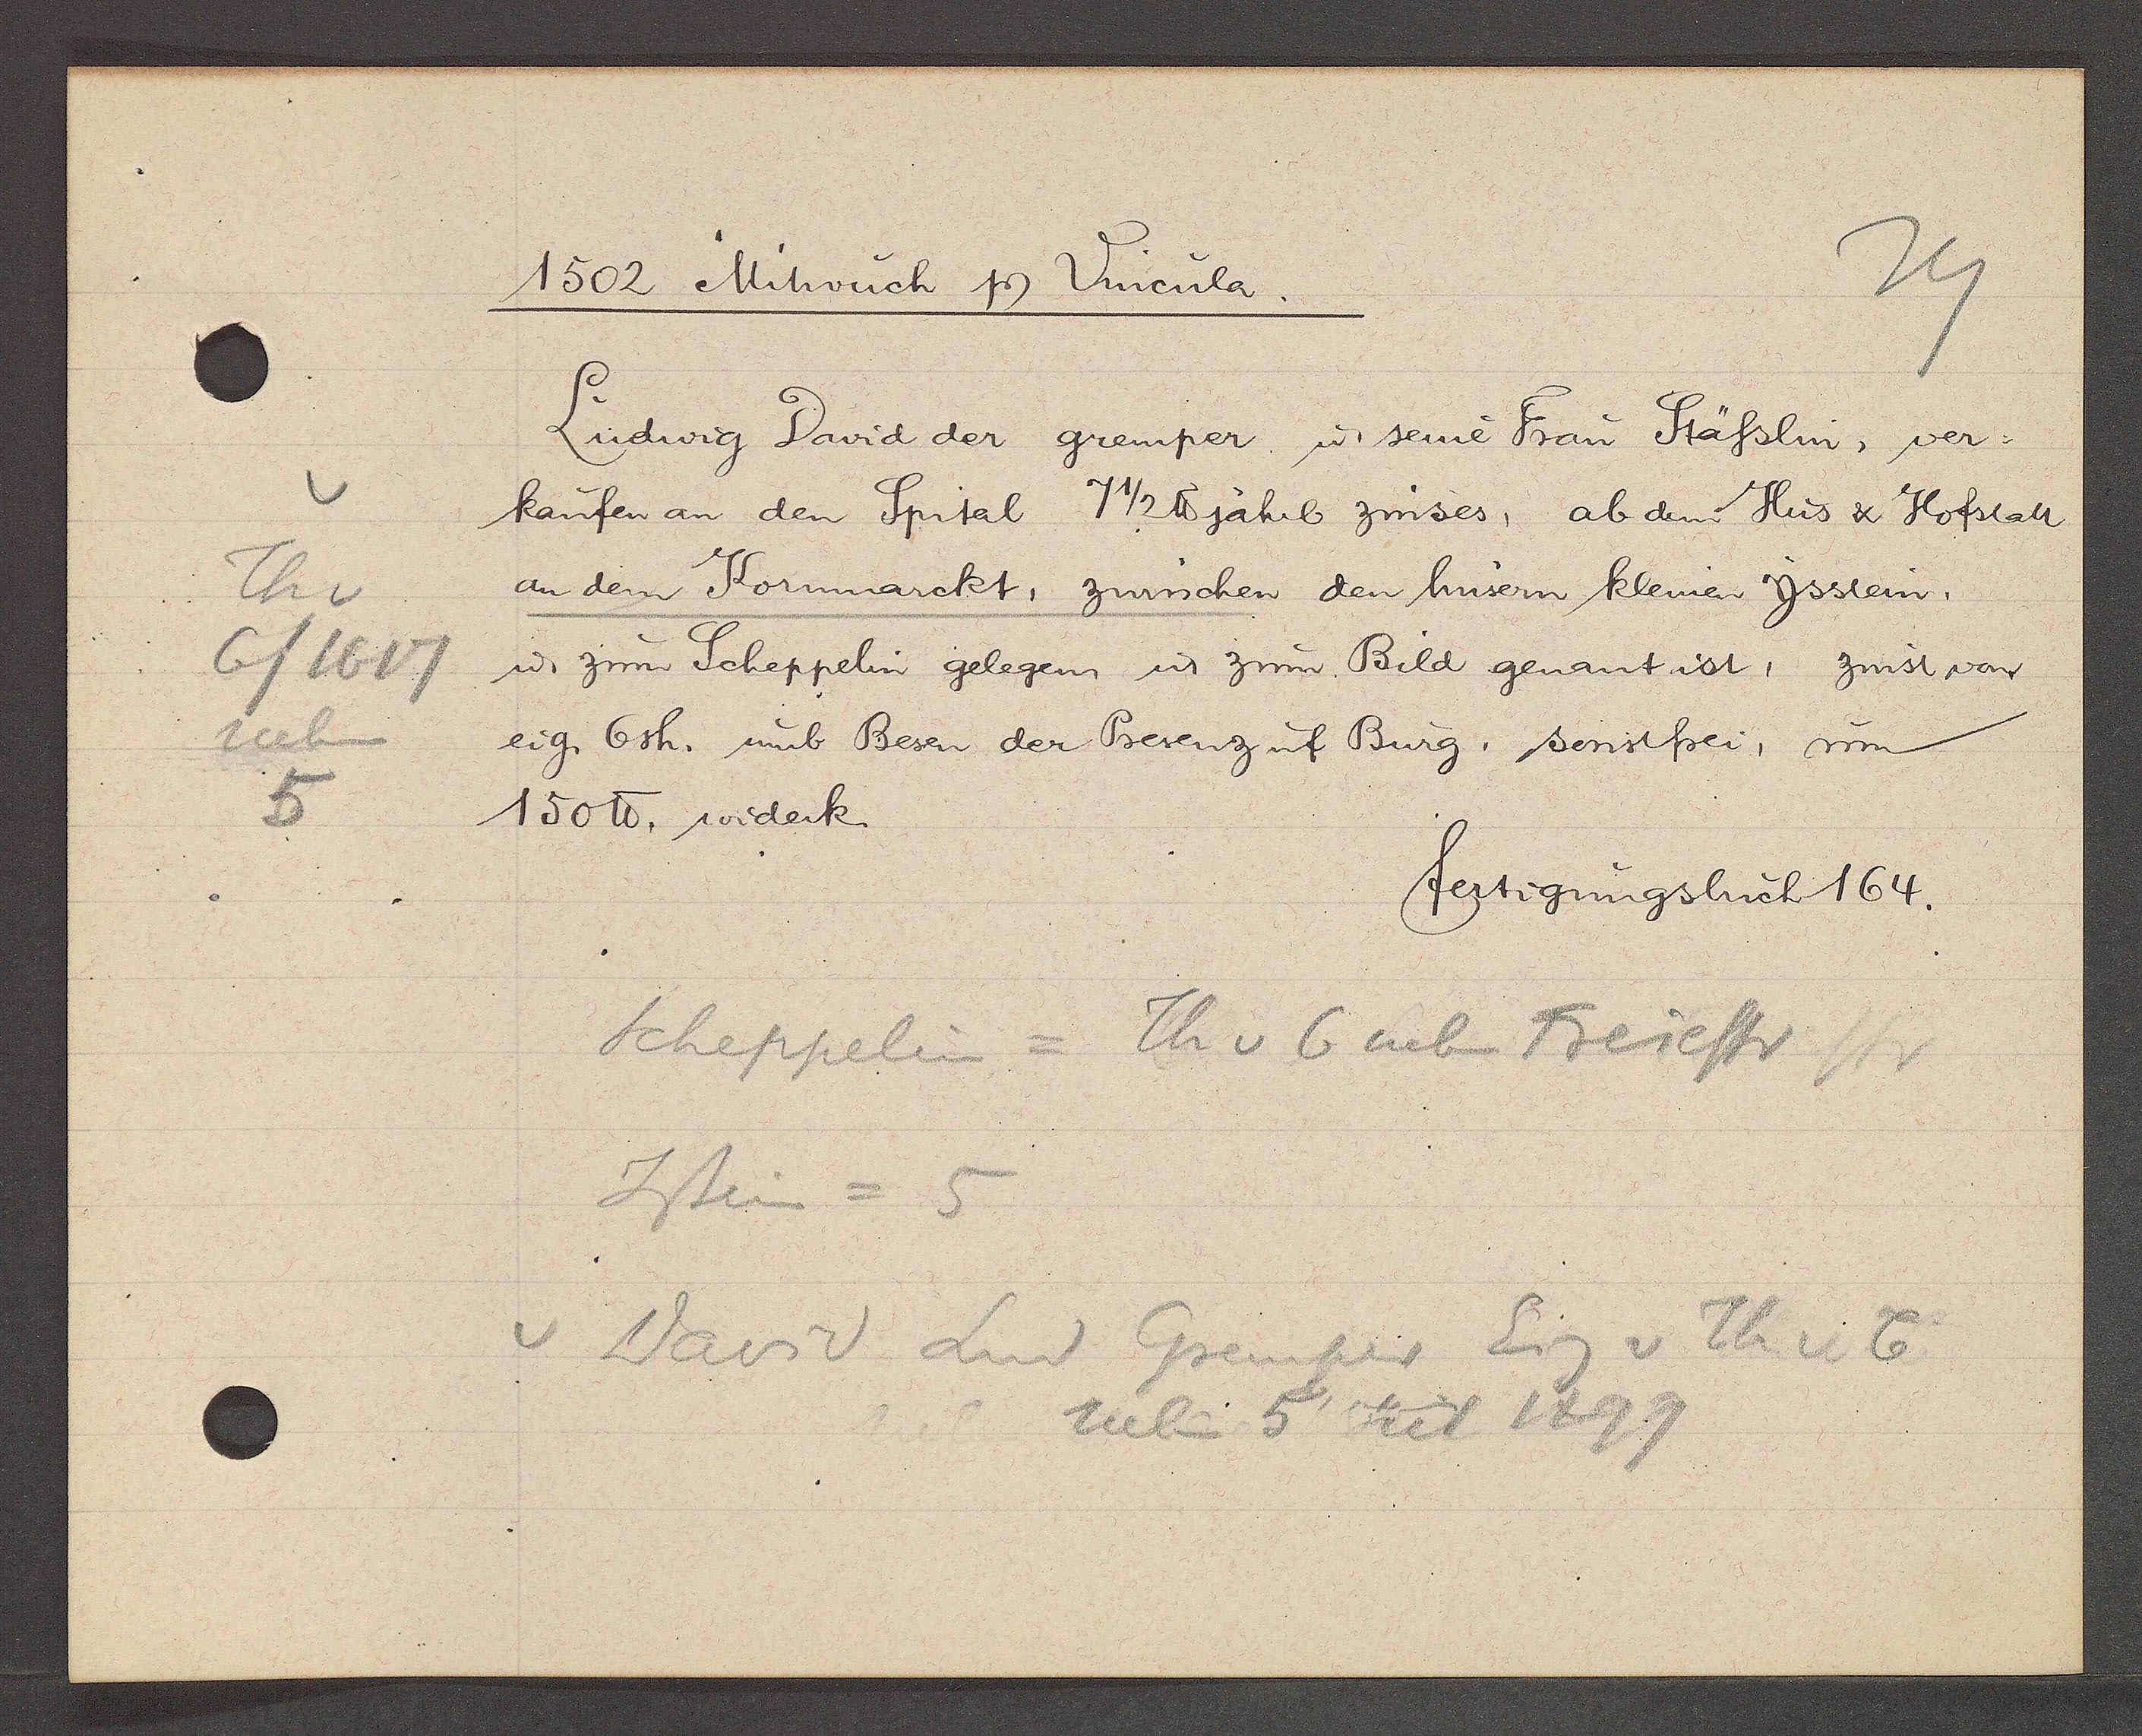
Transcript:
Th v
6/1617
neben
5

1502 Mitwuch Ƿ Vincula.

Ludwig David der gremper u seine Frau Stässlin, ver-
kaufen an den Spital 7 1/2 ℔ jährl zinses, ab dem Hus & Hofstatt
an dem Kornnarckt, zwüschen den husern kleinen Ysstein,
u zum Scheppelin gelegen u zum Bild genant ist, zinst von
eig. 6 sh. umb Besen der Prerenz uf Burg, sonstfrei, um
150 ℔. widerk.

fertigungsbuch 164.

Scheppelin = Th v 6 neben Freiestr
Jstein = 5
v David Lud Gremper Eig v Th v 6
neben 5 seit 1499